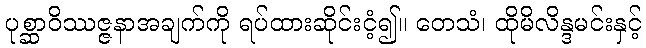
ပုစ္ဆာဝိဿဇ္ဇနာအချက်ကို ရပ်ထားဆိုင်းငံ့၍။ တေသံ၊ ထိုမိလိန္ဒမင်းနှင့်